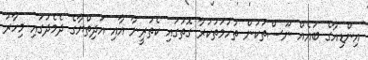
އިންޑިއާގެ ބައެއް ނޫސްތަކުން ތުހުމަތުކުރާ ގޮތުގައި ކެތުރީނާ އާއި އަދިތްޔާގެ ދެމެދުގައި މިހާރު